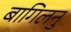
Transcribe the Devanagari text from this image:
बागिलनु